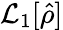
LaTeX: \mathcal{L}_{1}[\hat{\rho}]